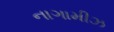
નાગામીઝ